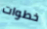
خطوات